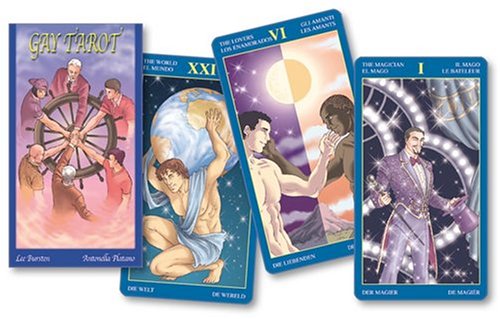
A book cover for Gay Tarot (English and Spanish Edition); Lee Bursten; Comics & Graphic Novels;